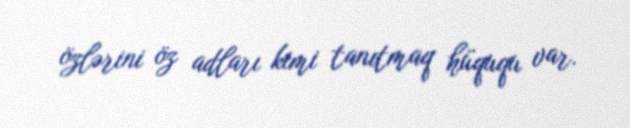
özlərini öz adları kimi tanıtmaq hüququ var.